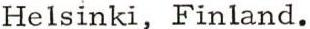
Helsinki, Finland.